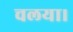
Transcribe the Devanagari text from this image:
चलया।